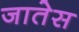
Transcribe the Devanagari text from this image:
जातेस